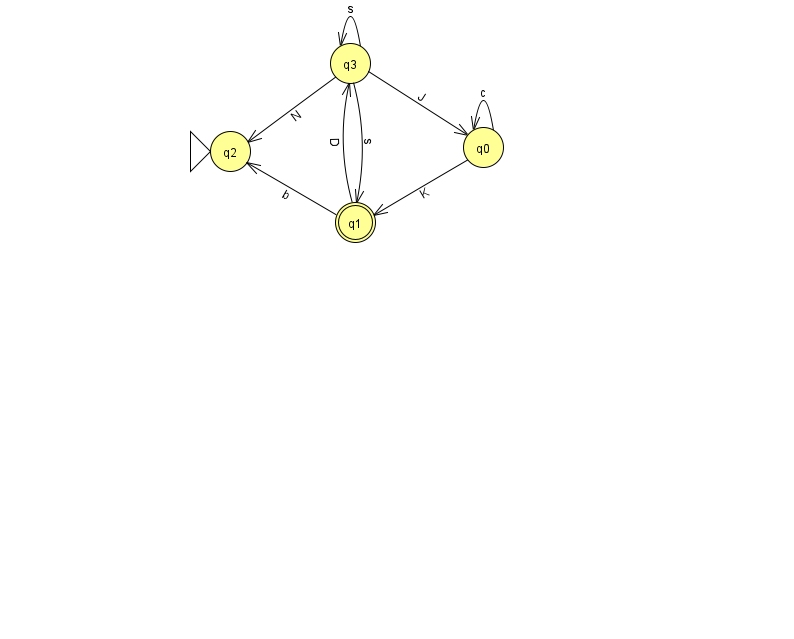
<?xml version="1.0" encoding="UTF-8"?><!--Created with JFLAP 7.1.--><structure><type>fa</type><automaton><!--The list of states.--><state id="0" name="q0"><x>483.0</x><y>134.0</y></state><state id="1" name="q1"><x>355.0</x><y>209.0</y><final/></state><state id="2" name="q2"><x>230.0</x><y>138.0</y><initial/></state><state id="3" name="q3"><x>350.0</x><y>50.0</y></state><!--The list of transitions.--><transition><from>3</from><to>2</to><read>N</read></transition><transition><from>0</from><to>0</to><read>c</read></transition><transition><from>3</from><to>3</to><read>s</read></transition><transition><from>0</from><to>1</to><read>K</read></transition><transition><from>1</from><to>2</to><read>b</read></transition><transition><from>3</from><to>1</to><read>s</read></transition><transition><from>3</from><to>0</to><read>J</read></transition><transition><from>1</from><to>3</to><read>D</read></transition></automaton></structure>